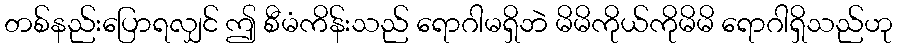
တစ်နည်းပြောရလျှင် ဤ စီမံကိန်းသည် ရောဂါမရှိဘဲ မိမိကိုယ်ကိုမိမိ ရောဂါရှိသည်ဟု